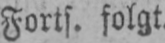
Forts. folgt.